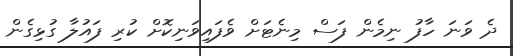
ދެ ވަނަ ހާފު ނިމެން ފަސް މިނެޓަށް ވެފައިވަނިކޮށް ކުރި ފައުލާ ގުޅިގެން